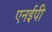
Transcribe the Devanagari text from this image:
एनईपी